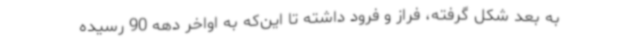
به بعد شکل گرفته، فراز و فرود داشته تا این‌که به اواخر دهه 90 رسیده